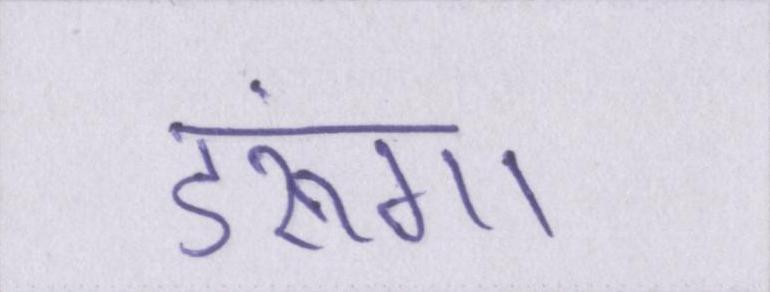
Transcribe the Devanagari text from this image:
डरूंगा